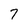
Character: 7